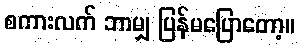
စကားလက် ဘာမျှ ပြန်မပြောတော့။